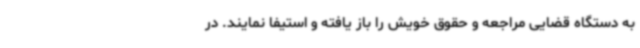
به دستگاه قضایی مراجعه و حقوق خویش را باز یافته و استیفا نمایند. در